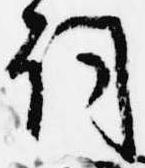
詞